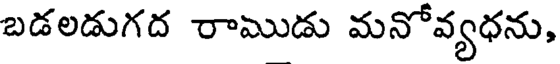
బడలడుగద రాముడు మనోవ్యధను,